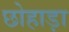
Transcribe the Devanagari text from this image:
छोहाड़ा